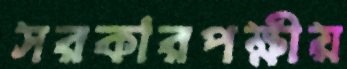
সরকারপক্ষীয়